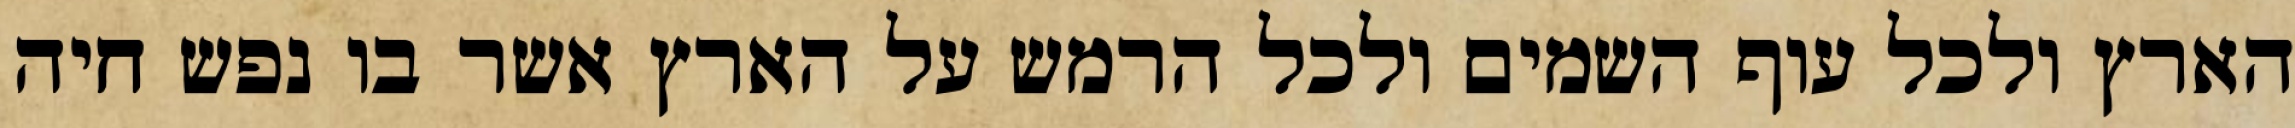
הארץ ולכל עוף השמים ולכל הרמש על הארץ אשר בו נפש חיה